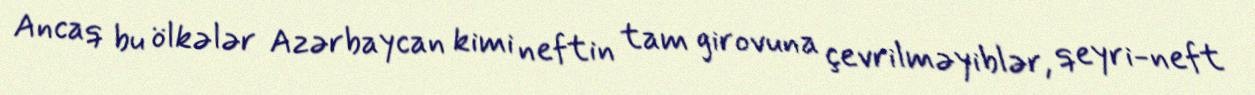
Ancaq bu ölkələr Azərbaycan kimi neftin tam girovuna çevrilməyiblər, qeyri-neft